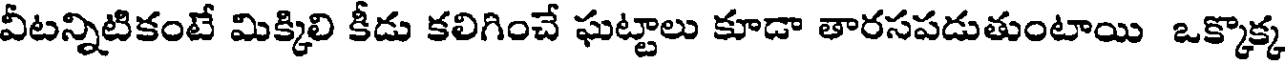
వీటన్నిటికంటే మిక్కిలి కీడు కలిగించే ఘట్టాలు కూడా తారసపడుతుంటాయి ఒక్కొక్క